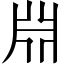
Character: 𣶒